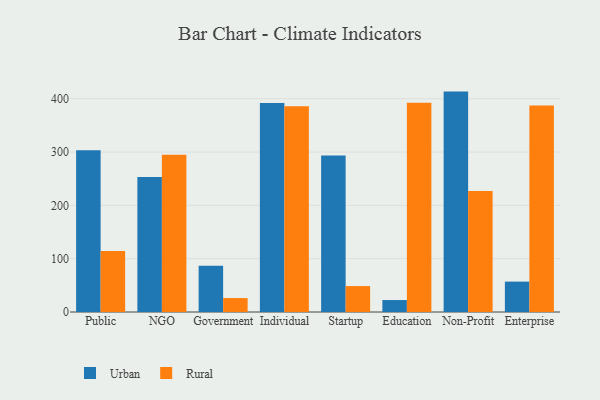
{"axis": {"x": "Segment", "y": "Website Visitors"}, "legend": ["Rural", "Urban"], "data": [{"x": "Public", "y": 303.4, "type": "Urban"}, {"x": "Public", "y": 114.4, "type": "Rural"}, {"x": "NGO", "y": 253.1, "type": "Urban"}, {"x": "NGO", "y": 294.8, "type": "Rural"}, {"x": "Government", "y": 86.6, "type": "Urban"}, {"x": "Government", "y": 26.1, "type": "Rural"}, {"x": "Individual", "y": 391.8, "type": "Urban"}, {"x": "Individual", "y": 385.9, "type": "Rural"}, {"x": "Startup", "y": 293.7, "type": "Urban"}, {"x": "Startup", "y": 48.6, "type": "Rural"}, {"x": "Education", "y": 22.4, "type": "Urban"}, {"x": "Education", "y": 392.3, "type": "Rural"}, {"x": "Non-Profit", "y": 413.3, "type": "Urban"}, {"x": "Non-Profit", "y": 227.1, "type": "Rural"}, {"x": "Enterprise", "y": 57.0, "type": "Urban"}, {"x": "Enterprise", "y": 387.4, "type": "Rural"}]}